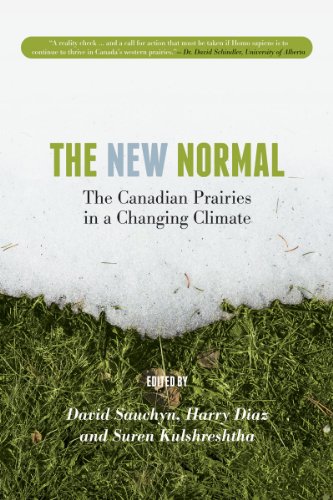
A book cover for The New Normal: The Canadian Prairies in a Changing Climate (UR); Science & Math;